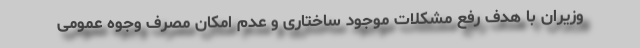
وزیران با هدف رفع مشکلات موجود ساختاری و عدم امکان مصرف وجوه عمومی